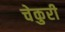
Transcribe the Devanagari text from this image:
चेकुरी